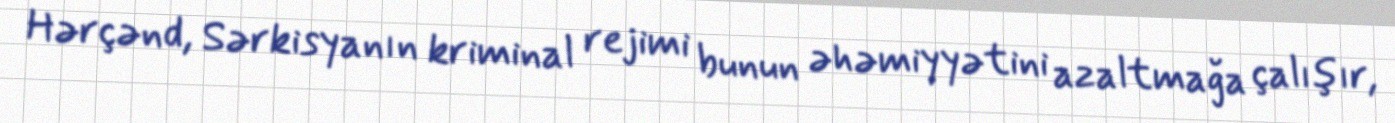
Hərçənd, Sərkisyanın kriminal rejimi bunun əhəmiyyətini azaltmağa çalışır,